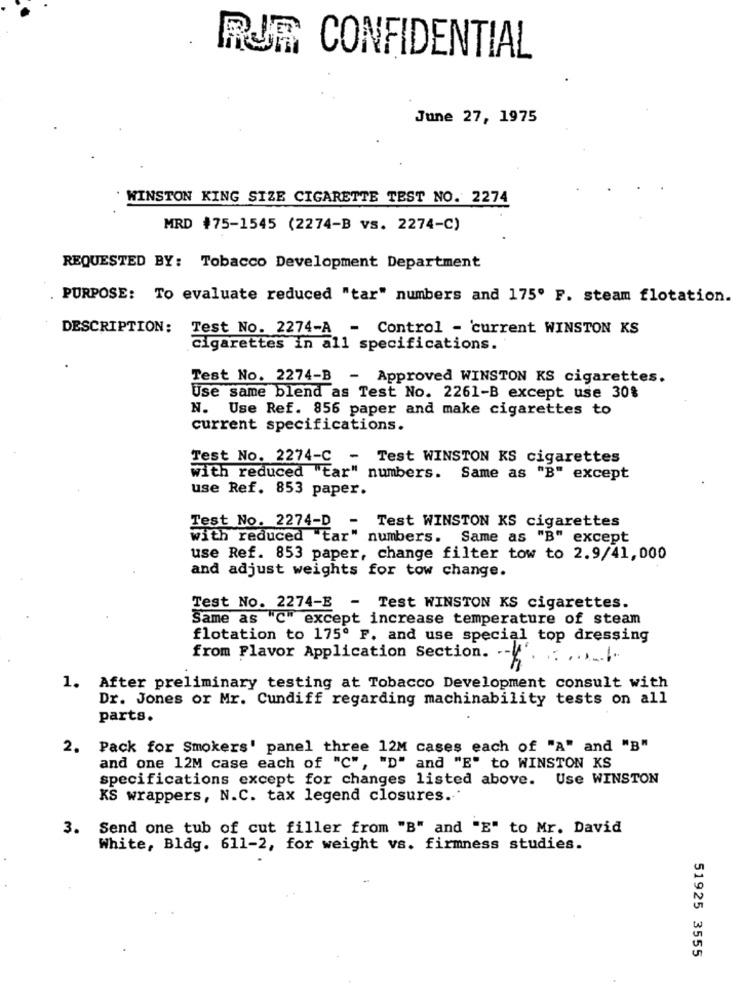
RUR CONFIDENTIAL
June 27, 1975
WINSTON KING SIZE CIGARETTE TEST NO. 2274
MRD #75-1545 (2274-B vs. 2274-C)
REQUESTED BY: Tobacco Development Department
PURPOSE: To evaluate reduced "tar" numbers and 175º F. steam flotation.
DESCRIPTION: Test No. 2274-A - Control - current WINSTON KS
Cigarettes in all specifications.
Test No. 2274-B - Approved WINSTON KS cigarettes.
Use same blend as Test No. 2261-B except use 30%
N. Use Ref. 856 paper and make cigarettes to
current specifications.
Test No. 2274-C - Test WINSTON KS cigarettes
with reduced "tar" numbers. Same as "B" except
use Ref. 853 paper.
Test No. 2274-D
Test WINSTON KS cigarettes
with reduced tar" numbers. Same as "B" except
use Ref. 853 paper, change filter tow to 2.9/41, 000
and adjust weights for tow change.
Test No. 2274-B - Test WINSTON KS cigarettes.
Same as "C" except increase temperature of steam
flotation to 175º F. and use special top dressing
from Flavor Application Section. --
1. After preliminary testing at Tobacco Development consult with
Dr. Jones or Mr. Cundiff regarding machinability tests on all
parts.
2. Pack for Smokers' panel three 12M cases each of "A" and "B"
and one 12M case each of "C", "D" and "E" to WINSTON KS
specifications except for changes listed above. Use WINSTON
KS wrappers, N.C. tax legend closures ...
3. Send one tub of cut filler from "B" and "E" to Mr. David
White, Bldg. 611-2, for weight vs. firmness studies.
51925 3555